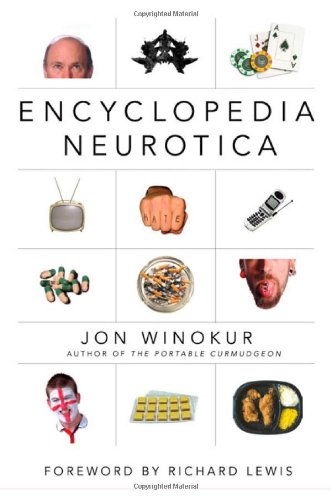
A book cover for Encyclopedia Neurotica; Jon Winokur; Reference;